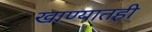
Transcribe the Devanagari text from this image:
खाण्यातही